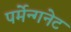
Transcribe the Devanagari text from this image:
पर्मेन्गनेट